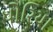
ધોરિયા